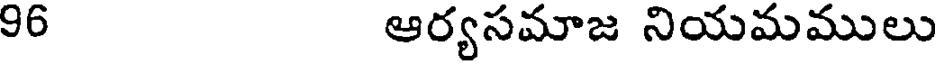
96 ఆర్యసమాజ నియమములు